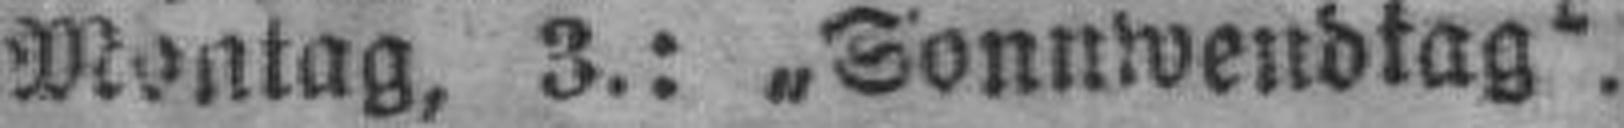
Montag, 3.: „Sonnwendtag“.